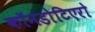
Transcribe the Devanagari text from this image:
कॉनडोटिएरो